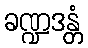
ခဏ္ဍဒန္တံ